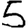
Digit: 5